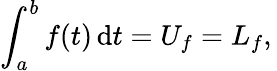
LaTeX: \int_{a}^{b}{f(t)\, \mathrm{d}t}=U_{f}=L_{f},\,